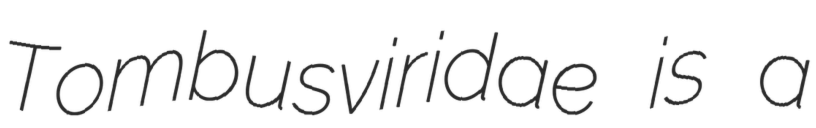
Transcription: Tombusviridae is a